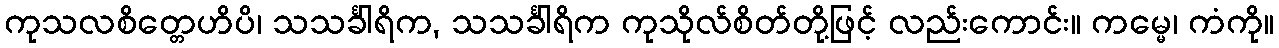
ကုသလစိတ္တေဟိပိ၊ သသင်္ခါရိက, သသင်္ခါရိက ကုသိုလ်စိတ်တို့ဖြင့် လည်းကောင်း။ ကမ္မေ၊ ကံကို။